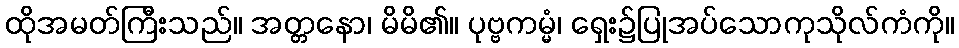
ထိုအမတ်ကြီးသည်။ အတ္တနော၊ မိမိ၏။ ပုဗ္ဗကမ္မံ၊ ရှေး၌ပြုအပ်သောကုသိုလ်ကံကို။